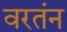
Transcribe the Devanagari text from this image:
वरतंन